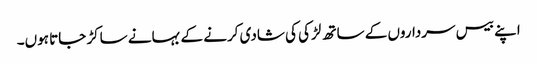
اپنے بیس سرداروں کے ساتھ لڑکی کی شادی کرنے کے بہانے ساکڑ جاتا ہوں۔